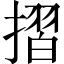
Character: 摺